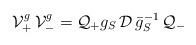
LaTeX: \begin{align*}{\cal V}^g_+\,{\cal V}^g_-={\cal Q}_+g_S\,{\cal D}\,\bar g_S^{-1}\, {\cal Q}_-\end{align*}